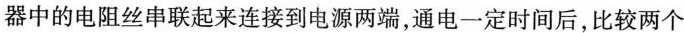
器中的电阻丝串联起来连接到电源两端，通电一定时间后，比较两个